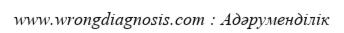
www.wrongdiagnosis.com : Адәруменділік